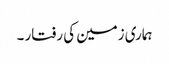
ہماری زمین کی رفتار ۔